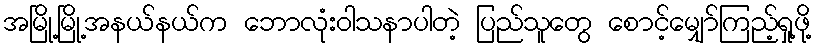
အမြို့မြို့အနယ်နယ်က ဘောလုံးဝါသနာပါတဲ့ ပြည်သူတွေ စောင့်မျှော်ကြည့်ရှု့ဖို့